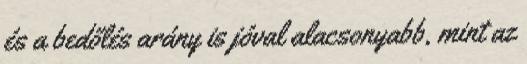
és a bedőlés arány is jóval alacsonyabb, mint az